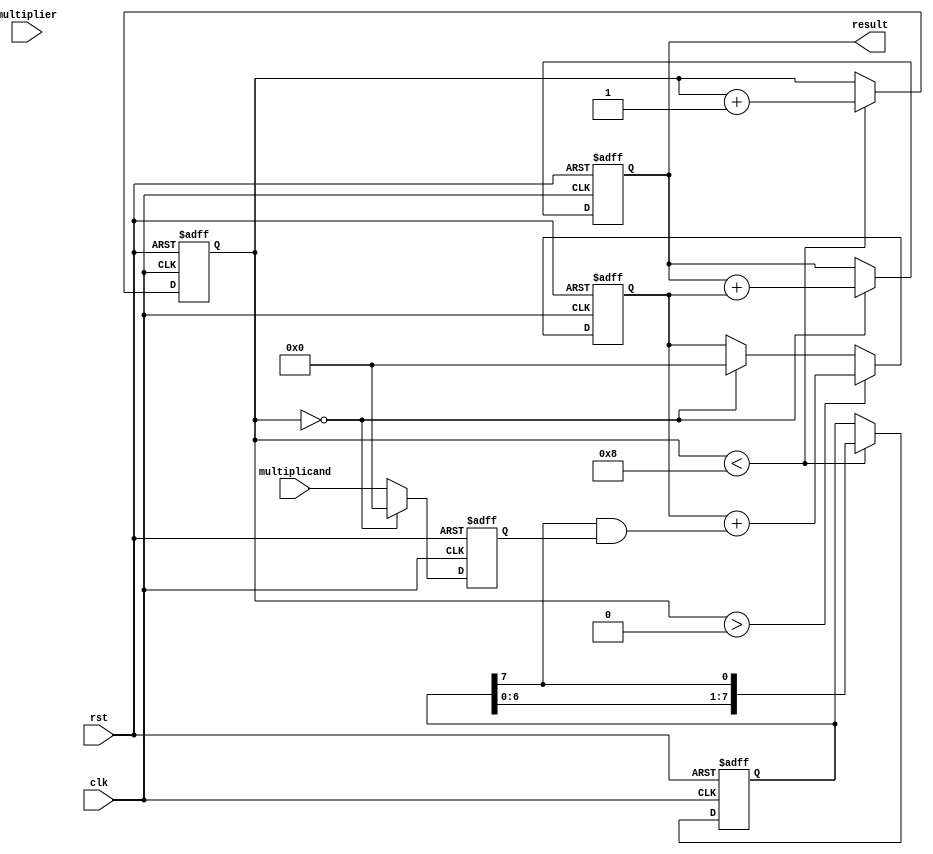
module ShiftAndAddMultiplier (
  input wire clk,
  input wire rst,
  input wire [7:0] multiplicand,
  input wire [7:0] multiplier,
  output reg [15:0] result
);

reg [7:0] multiplier_reg;
reg [7:0] multiplicand_reg;
reg [7:0] partial_product;
reg [3:0] shift_count;

always @(posedge clk or posedge rst) begin
  if (rst) begin
    multiplier_reg <= 8'b0;
    multiplicand_reg <= 8'b0;
    partial_product <= 8'b0;
    shift_count <= 4'b0;
    result <= 16'b0;
  end else begin
    if (shift_count < 8) begin
      multiplier_reg <= {multiplier_reg[6:0], multiplier_reg[7]};
      shift_count <= shift_count + 1;
    end
    
    if (shift_count == 0) begin
      multiplicand_reg <= 8'b0;
      result <= result + partial_product;
      partial_product <= 8'b0;
    end else begin
      multiplicand_reg <= multiplicand;
    end
    
    if (shift_count > 0) begin
      partial_product <= partial_product + (multiplier_reg[7] & multiplicand_reg);
    end
  end
end

endmodule